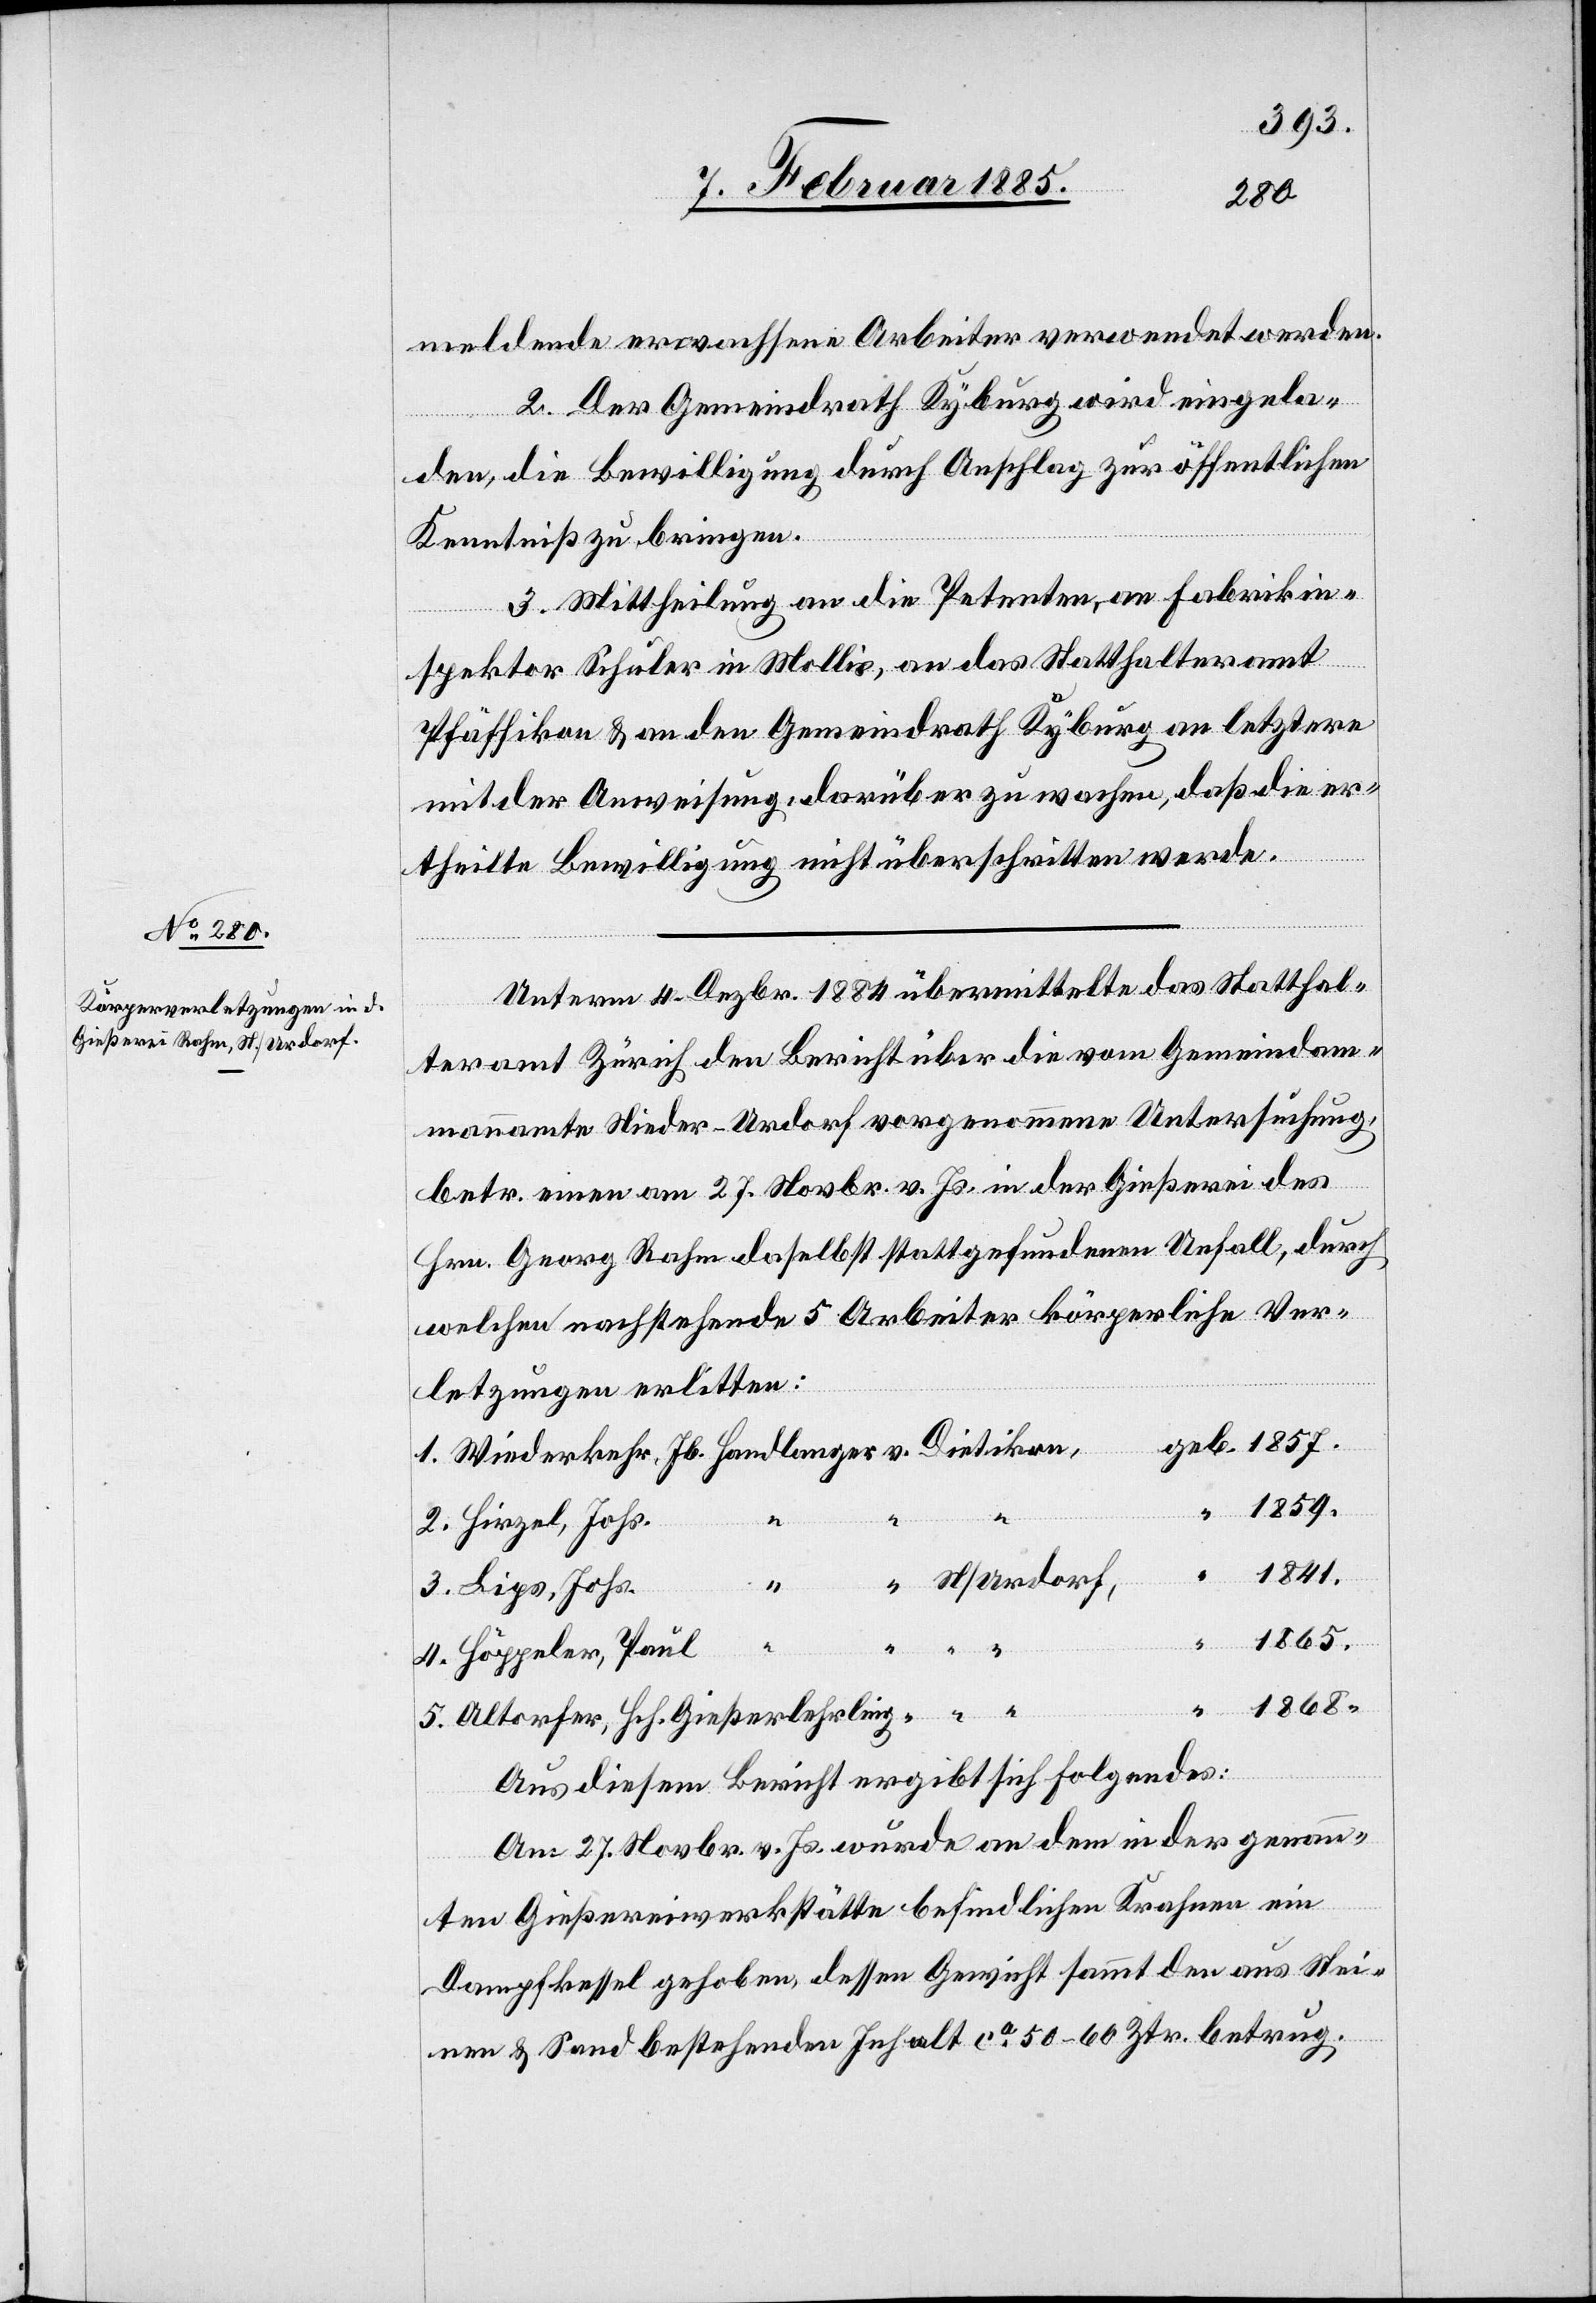
1859.
meldende erwachsene Arbeiter verwendet werden.
2. Der Gemeindrath Kyburg wird eingela¬
den, die Bewilligung durch Anschlag zur öffentlichen
Kenntniß zu bringen.
3. Mittheilung an die Petenten, an Fabrikin¬
spektor Schuler in Mollis, an das Statthalteramt
Pfäffikon & an den Gemeindrath Kyburg an letztere
mit der Anweisung, darüber zu wachen, daß die er¬
geb.
theilte Bewilligung nicht überschritten werde.
Unterm 4. Dezbr. 1884 übermittelte das Statthal¬
teramt Zürich den Bericht über die vom Gemeindam¬
mannamte Nieder-Urdof vorgenommene Untersuchung
betr. einen am 27. Novbr. v. Js. in der Gießerei des
Hrn. Georg Rahm daselbst stattgefundenen Unfall, durch
welchen nachstehende 5 Arbeiter körperliche Ver¬
letzungen erlitten:
1. Wiederkehr, Jb. Handlanger v. Dietikon,
2. Hirzel, Johs.
“
1841.
“ N/Urdorf
3. Lips, Johs.
4. Höppeler, Paul
1868.
5. Altorfer, Hch. Gießerlehrling “ “
Aus diesen Bericht ergibt sich folgendes:
Am 27. Novbr. v. Js. wurde an dem in der genann¬
ten Gießereiwerkstätte befindlichen Krahnen ein
Dampfkessel gehoben, dessen Gewicht sammt den aus Stei¬
nen & Sand bestehenden Inhalt ca 50–60 Ztr. betrug.